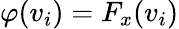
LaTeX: \varphi(v_{i})=F_{x}(v_{i})